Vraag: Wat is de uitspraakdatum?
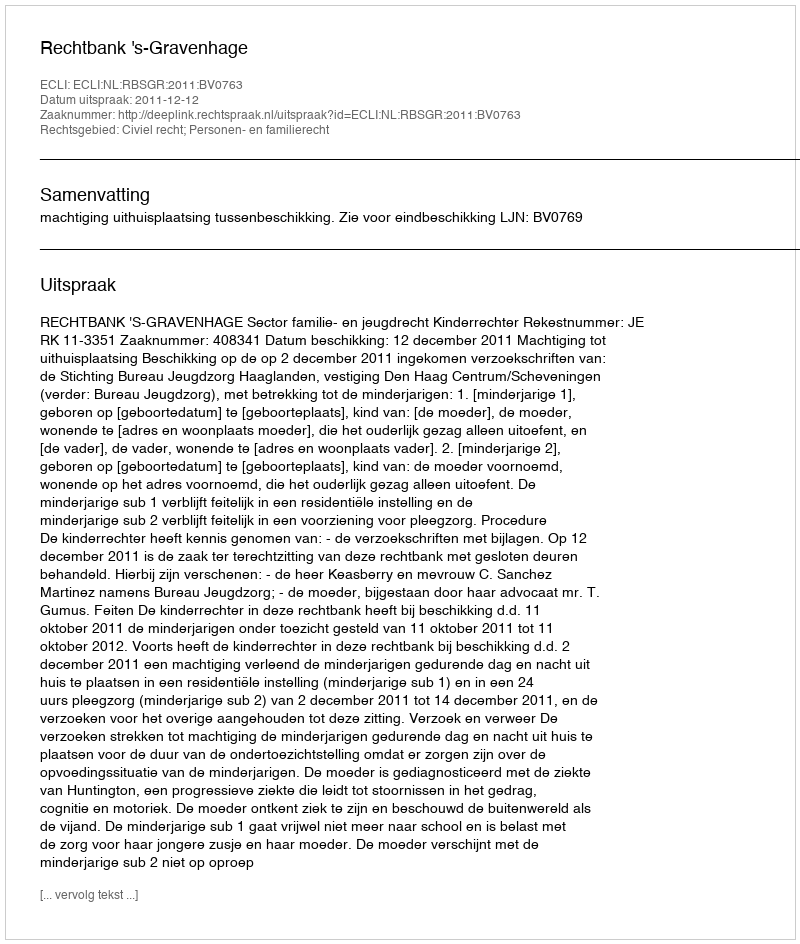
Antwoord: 2011-12-12